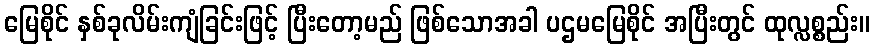
မြေစိုင် နှစ်ခုလိမ်းကျံခြင်းဖြင့် ပြီးတော့မည် ဖြစ်သောအခါ ပဌမမြေစိုင် အပြီးတွင် ထုလ္လစ္စည်း။